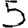
Digit: 5